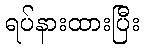
ရပ်နားထားပြီး